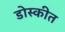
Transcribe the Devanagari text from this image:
डोस्कीत